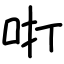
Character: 咑